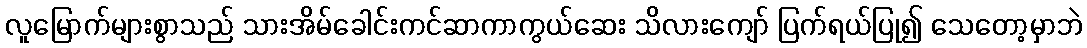
လူမြောက်များစွာသည် သားအိမ်ခေါင်းကင်ဆာကာကွယ်ဆေး သိလားကျော် ပြက်ရယ်ပြု၍ သေတော့မှာဘဲ